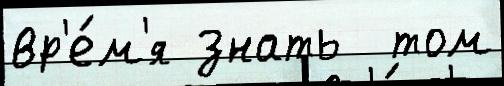
вр'е́м'я знать  том